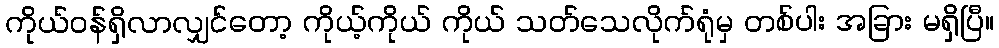
ကိုယ်ဝန်ရှိလာလျှင်တော့ ကိုယ့်ကိုယ် ကိုယ် သတ်သေလိုက်ရုံမှ တစ်ပါး အခြား မရှိပြီ။